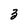
Character: 3